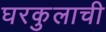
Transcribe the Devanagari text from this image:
घरकुलाची